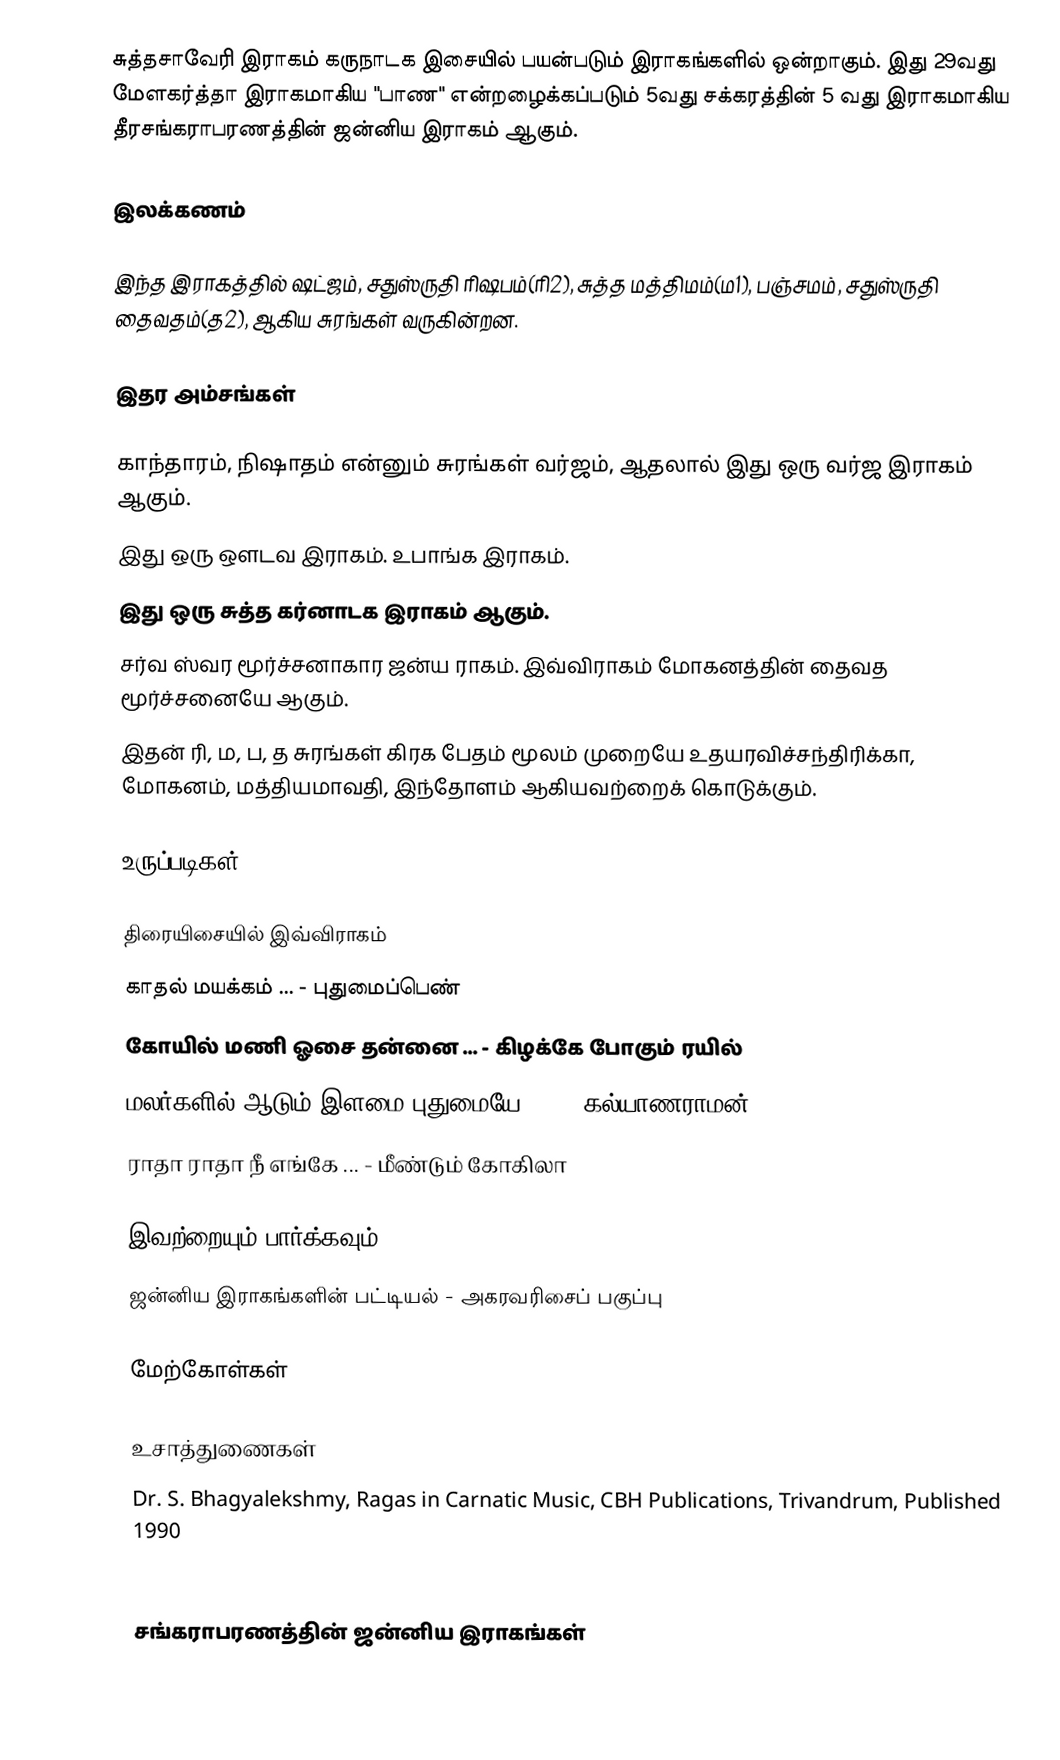
சுத்தசாவேரி இராகம் கருநாடக இசையில் பயன்படும் இராகங்களில் ஒன்றாகும். இது 29வது மேளகர்த்தா இராகமாகிய "பாண" என்றழைக்கப்படும் 5வது சக்கரத்தின் 5 வது இராகமாகிய தீரசங்கராபரணத்தின் ஜன்னிய இராகம் ஆகும்.

இலக்கணம்

 இந்த இராகத்தில் ஷட்ஜம், சதுஸ்ருதி ரிஷபம்(ரி2), சுத்த மத்திமம்(ம1), பஞ்சமம், சதுஸ்ருதி தைவதம்(த2), ஆகிய சுரங்கள் வருகின்றன.

இதர அம்சங்கள்

 காந்தாரம், நிஷாதம் என்னும் சுரங்கள் வர்ஜம், ஆதலால் இது ஒரு வர்ஜ இராகம் ஆகும்.
 இது ஒரு ஔடவ இராகம். உபாங்க இராகம்.
 இது ஒரு சுத்த கர்னாடக இராகம் ஆகும்.
 சர்வ ஸ்வர மூர்ச்சனாகார ஜன்ய ராகம். இவ்விராகம் மோகனத்தின் தைவத மூர்ச்சனையே ஆகும்.
 இதன் ரி, ம, ப, த சுரங்கள் கிரக பேதம் மூலம் முறையே உதயரவிச்சந்திரிக்கா, மோகனம், மத்தியமாவதி, இந்தோளம் ஆகியவற்றைக் கொடுக்கும்.

உருப்படிகள்

திரையிசையில் இவ்விராகம்
 காதல் மயக்கம் ... - புதுமைப்பெண்
 கோயில் மணி ஓசை தன்னை ... - கிழக்கே போகும் ரயில்
 மலர்களில் ஆடும் இளமை புதுமையே ... - கல்யாணராமன்
 ராதா ராதா நீ எங்கே ... - மீண்டும் கோகிலா

இவற்றையும் பார்க்கவும்
 ஜன்னிய இராகங்களின் பட்டியல் - அகரவரிசைப் பகுப்பு

மேற்கோள்கள்

உசாத்துணைகள்
 Dr. S. Bhagyalekshmy, Ragas in Carnatic Music, CBH Publications, Trivandrum, Published 1990
 B. Subba Rao, Raganidhi, The Music Academy, Madras, Published 1965, 4th reprint 1996

சங்கராபரணத்தின் ஜன்னிய இராகங்கள்